Annual report on the Civil Veterinary Department, Burma (including the Insein Veterinary School) - 1932-1941
Year: 1932
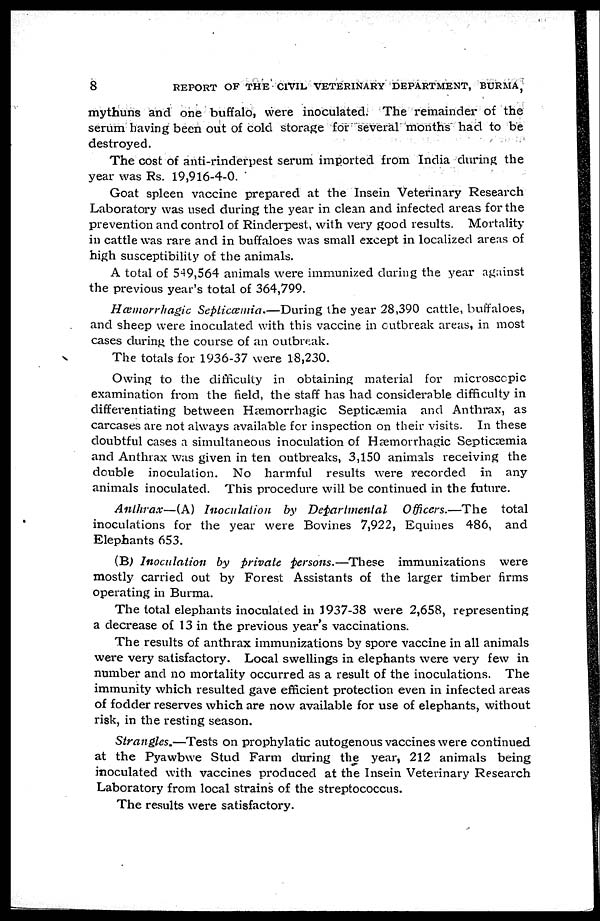
8
REPORT OF THE CIVIL VETERINARY DEPARTMENT, BURMA,
mythuns and one buffalo, were inoculated. The remainder of the
serum having been out of cold storage for several months had to be
destroyed.
The cost of anti-rinderpest serum imported from India during the
year was Rs. 19,916-4-0.
Goat spleen vaccine prepared at the Insein Veterinary Research
Laboratory was used during the year in clean and infected areas for the
prevention and control of Rinderpest, with very good results. Mortality
in cattle was rare and in buffaloes was small except in localized areas of
high susceptibility of the animals.
A total of 549,564 animals were immunized during the year against
the previous year's total of 364,799.
Hæmorrhagic Septicæmia.—During the year 28,390 cattle, buffaloes,
and sheep were inoculated with this vaccine in outbreak areas, in most
cases during the course of an outbreak.
The totals for 1936-37 were 18,230.
Owing to the difficulty in obtaining material for microscopic
examination from the field, the staff has had considerable difficulty in
differentiating between Hæmorrhagic Septicæmia and Anthrax, as
carcases are not always available for inspection on their visits. In these
doubtful cases a simultaneous inoculation of Hæmorrhagic Septicæmia
and Anthrax was given in ten outbreaks, 3,150 animals receiving the
double inoculation. No harmful results were recorded in any
animals inoculated. This procedure will be continued in the future.
Anthrax—(A) Inoculation by Departmental
Officers.—The total
inoculations for the year were Bovines 7,922, Equines 486, and
Elephants 653.
(B) Inoculation by private persons.—These immunizations were
mostly carried out by Forest Assistants of the larger timber firms
operating in Burma.
The total elephants inoculated in 1937-38 were 2,658, representing
a decrease of 13 in the previous year's vaccinations.
The results of anthrax immunizations by spore vaccine in all animals
were very satisfactory. Local swellings in elephants were very few in
number and no mortality occurred as a result of the inoculations. The
immunity which resulted gave efficient protection even in infected areas
of fodder reserves which are now available for use of elephants, without
risk, in the resting season.
Strangles.—Tests on prophylatic autogenous vaccines were continued
at the Pyawbwe Stud Farm during the year, 212 animals being
inoculated with vaccines produced at the Insein Veterinary Research
Laboratory from local strains of the streptococcus.
The results were satisfactory.